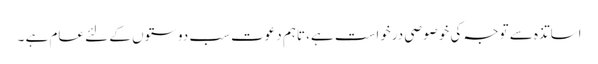
اساتذہ سے توجہ کی خوصوصی درخواست ہے، تاہم دعوت سب دوستوں کے لئے عام ہے ۔